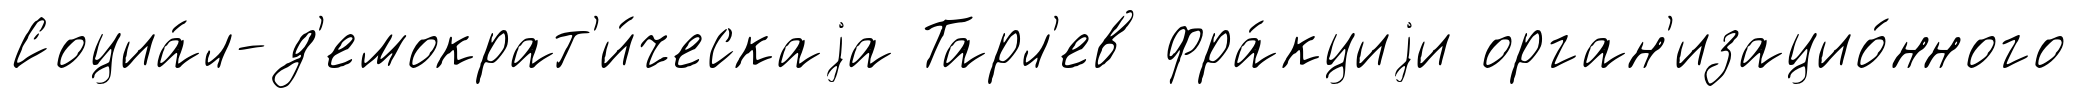
Социа́л-д'емократ'и́ческаjа Тарл'ев фра́кциjи орган'изацио́нного